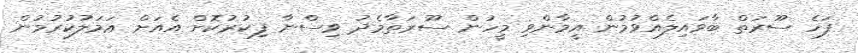
ފަހެ ސޫރަތް ބާވައިލެއްވުމުން އީމާންވި މީހުން ސޫރަތާމެދު ވިސްނާ ފިކުރުކޮށް އެއަށް ޢަމަލުކުރުމުން